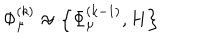
\Phi _ { \mu } ^ { ( k ) } \approx \left\{ \Phi _ { \mu } ^ { ( k - 1 ) } , H \right\}